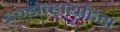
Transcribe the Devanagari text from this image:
इन्डोव्हायटिस